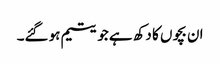
ان بچوں کا دکھ ہے جو یتیم ہو گئے۔